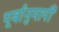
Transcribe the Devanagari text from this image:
पूर्वानुमापी